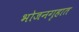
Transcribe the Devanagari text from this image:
भोजनगृहात